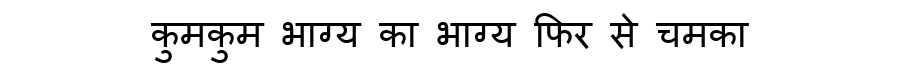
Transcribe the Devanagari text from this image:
कुमकुम भाग्य का भाग्य फिर से चमका